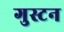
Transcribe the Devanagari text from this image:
गुस्टन